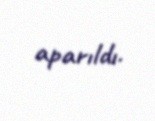
aparıldı.